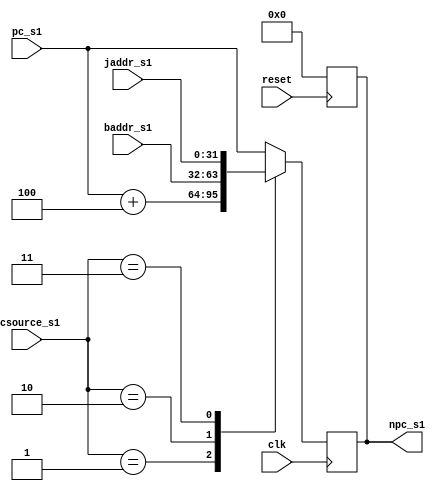
//////////////////////////////////////////////////////////////////////////////////
// Module Name: if_pc
//////////////////////////////////////////////////////////////////////////////////

`ifndef _if_pc
`define _if_pc

module if_pc(
    input wire clk,reset,
    input wire [1:0] pcsource_s1,
    input wire [31:0] baddr_s1,
    input wire [31:0] jaddr_s1,
    input wire [31:0] pc_s1,
	output reg[31:0] npc_s1
);
    always @(negedge reset) begin
        npc_s1 <= 32'b0;
    end
	always @(posedge clk) begin
		  case (pcsource_s1)
		      2'b01:npc_s1<=pc_s1+4;
		      2'b10:npc_s1<=baddr_s1;
		      2'b11:npc_s1<=jaddr_s1;
		      default:npc_s1<=pc_s1;
		  endcase		
	end
endmodule

`endif